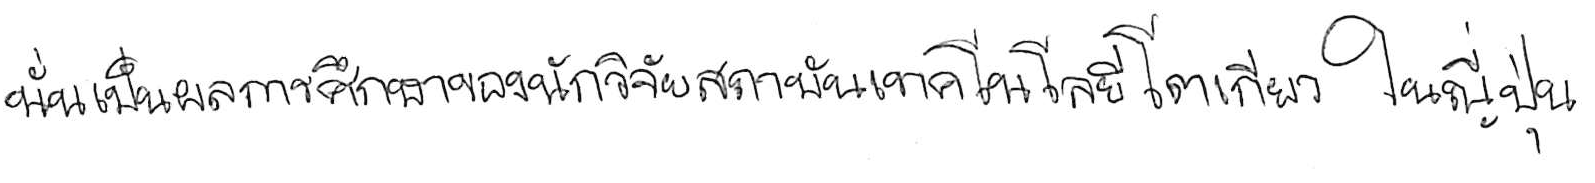
นั่นเป็นผลการศึกษาของนักวิจัยสถาบันเทคโนโลยีโตเกียว ในญี่ปุ่น